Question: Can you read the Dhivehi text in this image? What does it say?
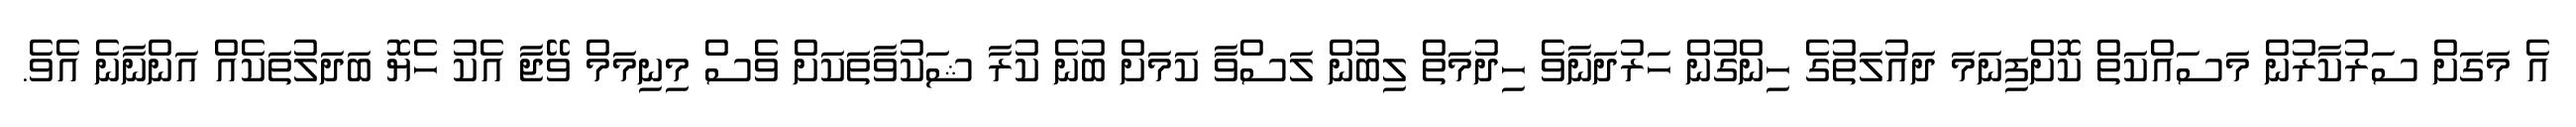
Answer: އެ މަގަށް ސަރުކާރުން މަސައްކަތް ކޮށްފިނަމަ ދައުލަތުގެ ހިންގުން ހަރުދަނާވެ ހިދުމަތް ލިބުން ލަސްވާ ކަމަށް ބުނެ ކުރާ ޝަކުވާތަކަށް ވެސް މިނިމަމް ވޭޖާ އެކު ހެޔޮ ބަދަލުތަކެއް އަންނާނެ އެވެ.